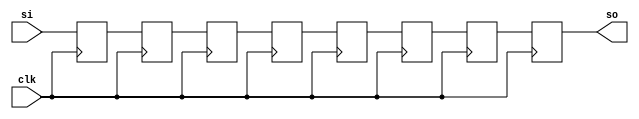
`timescale 1ns / 1ps

module multi_bit_shift_register
    #(parameter POSITIONS = 8, 
      parameter WIDTH = 8)
        (
            clk,
            si,
            so
        );

    // Inputs
    input wire clk;
    input wire [WIDTH-1 : 0] si;
    
    // Output
    output wire [WIDTH-1 : 0] so;

    // Registers
    reg [WIDTH-1 : 0] shreg [POSITIONS-1 : 0];

    integer i;
    
    initial
    begin
        for ( i = 0; i < POSITIONS; i = i + 1 ) begin  
            shreg[i] = 0;
        end
    end
    
    always @(posedge clk)
    begin
        for ( i = 0; i < POSITIONS - 1; i = i + 1 ) begin  
            shreg[i+1] <= shreg[i];
            shreg[0] <= si;
        end
    end

    assign so = shreg[POSITIONS-1];

endmodule